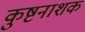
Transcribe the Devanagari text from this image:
कुष्टनाशक